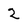
Character: 2